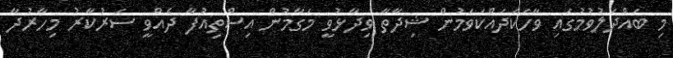
މި ބައްދަލުވުމުގައި ވާހަކަދައްކަވަމުން ޝިދާތާ ވިދާޅުވީ މަގާމުން އިސްތިއުފާ ދެއްވީ ސަރުކާރު މިހާރުދާ